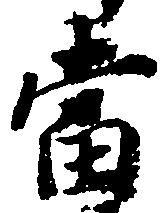
当